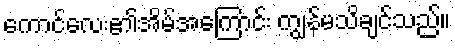
ကောင်လေး၏အိမ်အကြောင်း ကျွန်မသိချင်သည်။